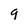
Character: 9